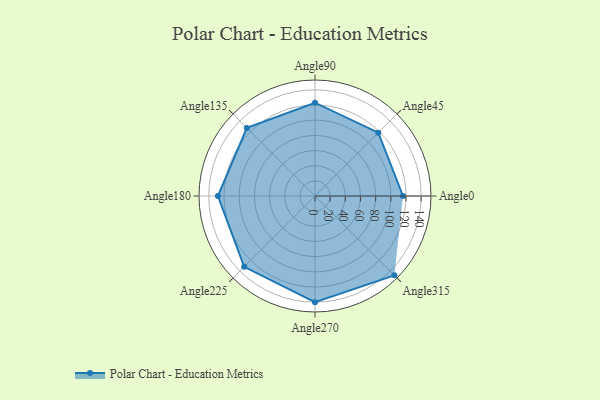
{"axis": {"x": "Angle", "y": "Radius"}, "legend": [""], "data": [{"x": "Angle0", "y": 116.0, "type": ""}, {"x": "Angle45", "y": 118.0, "type": ""}, {"x": "Angle90", "y": 123.0, "type": ""}, {"x": "Angle135", "y": 127.0, "type": ""}, {"x": "Angle180", "y": 128.0, "type": ""}, {"x": "Angle225", "y": 132.0, "type": ""}, {"x": "Angle270", "y": 140.0, "type": ""}, {"x": "Angle315", "y": 148.0, "type": ""}]}